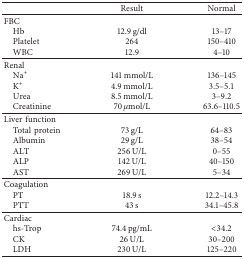
<table><thead><tr><td><b> </b></td><td><b>Result</b></td><td><b>Normal</b></td></tr></thead><tbody><tr><td>FBC</td><td> </td><td> </td></tr><tr><td> Hb</td><td>12.9 g/dl</td><td>13–17</td></tr><tr><td> Platelet</td><td>264</td><td>150–410</td></tr><tr><td> WBC</td><td>12.9</td><td>4–10</td></tr><tr><td>Renal</td><td> </td><td> </td></tr><tr><td> Na<sup>+</sup></td><td>141 mmol/L</td><td>136–145</td></tr><tr><td> K<sup>+</sup></td><td>4.9 mmol/L</td><td>3.5–5.1</td></tr><tr><td> Urea</td><td>8.5 mmol/L</td><td>3–9.2</td></tr><tr><td> Creatinine</td><td>70 <i>μ</i>mol/L</td><td>63.6–110.5</td></tr><tr><td>Liver function</td><td> </td><td> </td></tr><tr><td> Total protein</td><td>73 g/L</td><td>64–83</td></tr><tr><td> Albumin</td><td>29 g/L</td><td>38–54</td></tr><tr><td> ALT</td><td>256 U/L</td><td>0–55</td></tr><tr><td> ALP</td><td>142 U/L</td><td>40–150</td></tr><tr><td> AST</td><td>269 U/L</td><td>5–34</td></tr><tr><td>Coagulation</td><td> </td><td> </td></tr><tr><td> PT</td><td>18.9 s</td><td>12.2–14.3</td></tr><tr><td> PTT</td><td>43 s</td><td>34.1–45.8</td></tr><tr><td>Cardiac</td><td> </td><td> </td></tr><tr><td> hs-Trop</td><td>74.4 pg/mL</td><td>&lt;34.2</td></tr><tr><td> CK</td><td>26 U/L</td><td>30–200</td></tr><tr><td> LDH</td><td>230 U/L</td><td>125–220</td></tr></tbody></table>